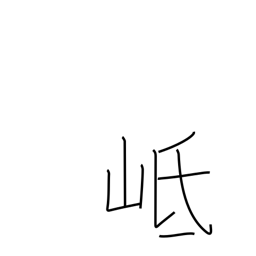
Meaning: name of a mountain